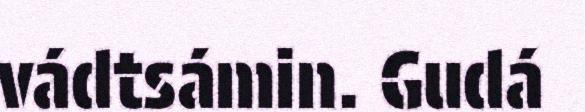
vádtsámin. Gudá